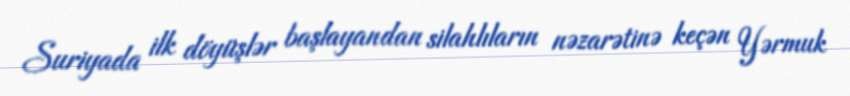
Suriyada ilk döyüşlər başlayandan silahlıların nəzarətinə keçən Yərmuk